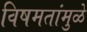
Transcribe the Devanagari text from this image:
विषमतांमुळे